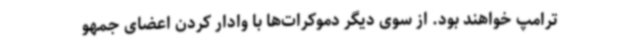
ترامپ خواهند بود. از سوی دیگر دموکرات‌ها با وادار کردن اعضای جمهو